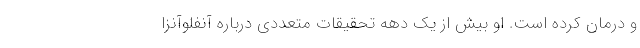
و درمان کرده است. او بیش از یک دهه تحقیقات متعددی درباره آنفلوآنزا